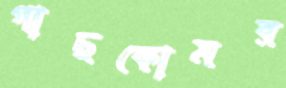
গাছকোমর